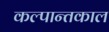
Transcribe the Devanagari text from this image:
कल्पान्तकाल